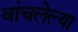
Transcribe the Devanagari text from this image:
वांचलेल्या